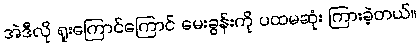
အဲဒီလို ရူးကြောင်ကြောင် မေးခွန်းကို ပထမဆုံး ကြားခဲ့တယ်။